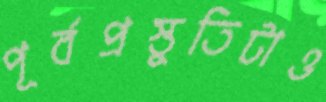
পূর্বপ্রস্তুতিটাও